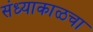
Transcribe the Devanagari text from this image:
संध्याकाळचा